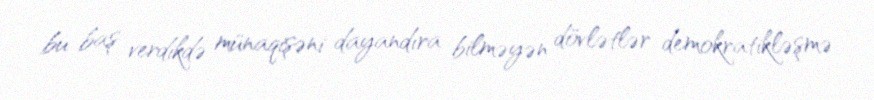
bu baş verdikdə münaqişəni dayandıra bilməyən dövlətlər demokratikləşmə